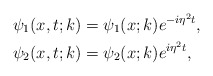
\begin{align*}&\psi_1(x,t;k)=\psi_1(x;k) e^{-i \eta^2 t},\\&\psi_2(x,t;k)=\psi_2(x;k) e^{i \eta^2 t},\end{align*}